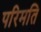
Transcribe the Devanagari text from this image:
परिमति